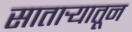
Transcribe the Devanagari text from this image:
सातार्‍यातून